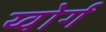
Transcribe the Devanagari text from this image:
य्वोर्ग